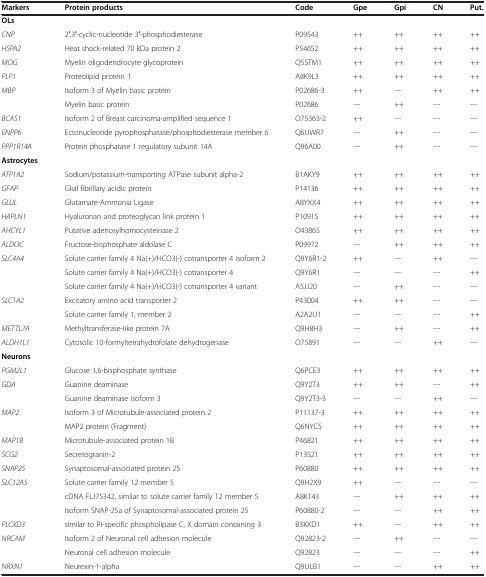
<table><thead><tr><td><b>Markers</b></td><td><b>Protein products</b></td><td><b>Code</b></td><td><b>Gpe</b></td><td><b>Gpi</b></td><td><b>CN</b></td><td><b>Put.</b></td></tr></thead><tbody><tr><td><b>OLs</b></td><td></td><td></td><td></td><td></td><td></td><td></td></tr><tr><td><i>CNP</i></td><td>2′,3′-cyclic-nucleotide 3′-phosphodiesterase</td><td>P09543</td><td>++</td><td>++</td><td>++</td><td>++</td></tr><tr><td><i>HSPA2</i></td><td>Heat shock-related 70 kDa protein 2</td><td>P54652</td><td>++</td><td>++</td><td>++</td><td>++</td></tr><tr><td><i>MOG</i></td><td>Myelin oligodendrocyte glycoprotein</td><td>Q5STM1</td><td>++</td><td>++</td><td>++</td><td>++</td></tr><tr><td><i>PLP1</i></td><td>Proteolipid protein 1</td><td>A8K9L3</td><td>++</td><td>++</td><td>++</td><td>++</td></tr><tr><td><i>MBP</i></td><td>Isoform 3 of Myelin basic protein</td><td>P02686-3</td><td>++</td><td>---</td><td>++</td><td>++</td></tr><tr><td></td><td>Myelin basic protein</td><td>P02686</td><td>---</td><td>++</td><td>---</td><td>---</td></tr><tr><td><i>BCAS1</i></td><td>Isoform 2 of Breast carcinoma-amplified sequence 1</td><td>O75363-2</td><td>++</td><td>---</td><td>---</td><td>---</td></tr><tr><td><i>ENPP6</i></td><td>Ectonucleotide pyrophosphatase/phosphodiesterase member 6</td><td>Q6UWR7</td><td>---</td><td>++</td><td>---</td><td>---</td></tr><tr><td><i>PPP1R14A</i></td><td>Protein phosphatase 1 regulatory subunit 14A</td><td>Q96A00</td><td>---</td><td>++</td><td>---</td><td>---</td></tr><tr><td><b>Astrocytes</b></td><td></td><td></td><td></td><td></td><td></td><td></td></tr><tr><td><i>ATP1A2</i></td><td>Sodium/potassium-transporting ATPase subunit alpha-2</td><td>B1AKY9</td><td>++</td><td>++</td><td>++</td><td>++</td></tr><tr><td><i>GFAP</i></td><td>Glial fibrillary acidic protein</td><td>P14136</td><td>++</td><td>++</td><td>++</td><td>++</td></tr><tr><td><i>GLUL</i></td><td>Glutamate-Ammonia Ligase</td><td>A8YXX4</td><td>++</td><td>++</td><td>++</td><td>++</td></tr><tr><td><i>HAPLN1</i></td><td>Hyaluronan and proteoglycan link protein 1</td><td>P10915</td><td>++</td><td>++</td><td>++</td><td>++</td></tr><tr><td><i>AHCYL1</i></td><td>Putative adenosylhomocysteinase 2</td><td>O43865</td><td>++</td><td>++</td><td>++</td><td>++</td></tr><tr><td><i>ALDOC</i></td><td>Fructose-bisphosphate aldolase C</td><td>P09972</td><td>---</td><td>++</td><td>++</td><td>++</td></tr><tr><td><i>SLC4A4</i></td><td>Solute carrier family 4 Na(+)/HCO3(-) cotransporter 4 isoform 2</td><td>Q9Y6R1-2</td><td>++</td><td>---</td><td>++</td><td>---</td></tr><tr><td></td><td>Solute carrier family 4 Na(+)/HCO3(-) cotransporter 4</td><td>Q9Y6R1</td><td>---</td><td>---</td><td>---</td><td>++</td></tr><tr><td></td><td>Solute carrier family 4 Na(+)/HCO3(-) cotransporter 4 variant</td><td>A5JJ20</td><td>---</td><td>++</td><td>---</td><td>---</td></tr><tr><td><i>SLC1A2</i></td><td>Excitatory amino acid transporter 2</td><td>P43004</td><td>++</td><td>++</td><td>---</td><td>---</td></tr><tr><td></td><td>Solute carrier family 1, member 2</td><td>A2A2U1</td><td>---</td><td>---</td><td>---</td><td>++</td></tr><tr><td><i>METTL7A</i></td><td>Methyltransferase-like protein 7A</td><td>Q9H8H3</td><td>---</td><td>++</td><td>---</td><td>++</td></tr><tr><td><i>ALDH1L1</i></td><td>Cytosolic 10-formyltetrahydrofolate dehydrogenase</td><td>O75891</td><td>---</td><td>---</td><td>++</td><td>---</td></tr><tr><td><b>Neurons</b></td><td></td><td></td><td></td><td></td><td></td><td></td></tr><tr><td><i>PGM2L1</i></td><td>Glucose 1,6-bisphosphate synthase</td><td>Q6PCE3</td><td>++</td><td>++</td><td>++</td><td>++</td></tr><tr><td><i>GDA</i></td><td>Guanine deaminase</td><td>Q9Y2T3</td><td>++</td><td>++</td><td>---</td><td>++</td></tr><tr><td></td><td>Guanine deaminase isoform 3</td><td>Q9Y2T3-3</td><td>---</td><td>---</td><td>++</td><td>---</td></tr><tr><td><i>MAP2</i></td><td>Isoform 3 of Microtubule-associated protein 2</td><td>P11137-3</td><td>++</td><td>++</td><td>++</td><td>++</td></tr><tr><td></td><td>MAP2 protein (Fragment)</td><td>Q6NYC5</td><td>++</td><td>++</td><td>++</td><td>++</td></tr><tr><td><i>MAP1B</i></td><td>Microtubule-associated protein 1B</td><td>P46821</td><td>++</td><td>++</td><td>++</td><td>++</td></tr><tr><td><i>SCG2</i></td><td>Secretogranin-2</td><td>P13521</td><td>++</td><td>++</td><td>++</td><td>++</td></tr><tr><td><i>SNAP25</i></td><td>Synaptosomal-associated protein 25</td><td>P60880</td><td>++</td><td>++</td><td>++</td><td>++</td></tr><tr><td><i>SLC12A5</i></td><td>Solute carrier family 12 member 5</td><td>Q9H2X9</td><td>++</td><td>---</td><td>---</td><td>---</td></tr><tr><td></td><td>cDNA FLJ75342, similar to solute carrier family 12 member 5</td><td>A8K143</td><td>---</td><td>++</td><td>++</td><td>++</td></tr><tr><td></td><td>Isoform SNAP-25a of Synaptosomal-associated protein 25</td><td>P60880-2</td><td>---</td><td>---</td><td>++</td><td>++</td></tr><tr><td><i>PLCXD3</i></td><td>similar to PI-specific phospholipase C, X domain containing 3</td><td>B3KXD1</td><td>++</td><td>---</td><td>++</td><td>++</td></tr><tr><td><i>NRCAM</i></td><td>Isoform 2 of Neuronal cell adhesion molecule</td><td>Q92823-2</td><td>---</td><td>++</td><td>---</td><td>---</td></tr><tr><td></td><td>Neuronal cell adhesion molecule</td><td>Q92823</td><td>---</td><td>---</td><td>---</td><td>++</td></tr><tr><td><i>NRXN1</i></td><td>Neurexin-1-alpha</td><td>Q9ULB1</td><td>---</td><td>---</td><td>++</td><td>++</td></tr></tbody></table>